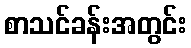
စာသင်ခန်းအတွင်း